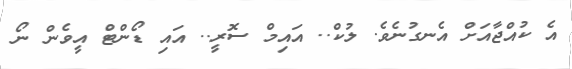
އެ ކުއްޖާއަށް އެނގުނެވެ. ލުކް.. އައިމް ސޮރީ.. އައި ޑޯންޓް އީވެން ނޯ